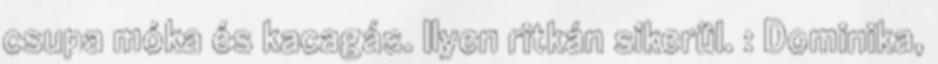
csupa móka és kacagás. Ilyen ritkán sikerül. : Dominika,